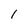
Character: l